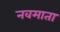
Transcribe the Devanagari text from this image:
नवमाता